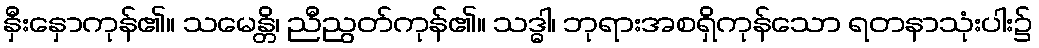
နှီးနှောကုန်၏။ သမေန္တိ၊ ညီညွတ်ကုန်၏။ သဒ္ဓါ၊ ဘုရားအစရှိကုန်သော ရတနာသုံးပါး၌